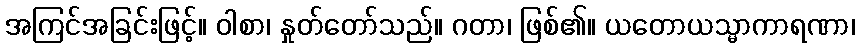
အကြင်အခြင်းဖြင့်။ ဝါစာ၊ နှုတ်တော်သည်။ ဂတာ၊ ဖြစ်၏။ ယတောယသ္မာကာရဏာ၊